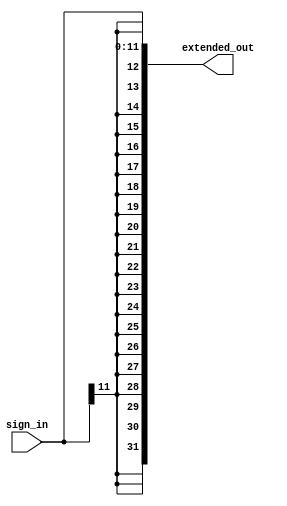
module sign_extend_12(sign_in,extended_out);
output [31:0]extended_out ;
input [11:0]sign_in ;

assign extended_out= {{20{sign_in[11]}},sign_in[11:0]};
endmodule
 ////////////////////////////////
module sign_extend_13(sign_in,extended_out);
output [31:0]extended_out ;
input [11:0]sign_in ;
assign extended_out= {{20{sign_in[11]}},sign_in[11:0],1'b0};
endmodule
////////////////////////////////////
module sign_extend_20(sign_in,extended_out);
output [31:0]extended_out ;
input [19:0]sign_in ;

assign extended_out= {{12{sign_in[19]}},sign_in[19:0]};
endmodule